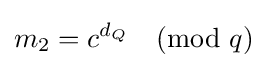
m_{2}=c^{d_{Q}}{\pmod {q}}